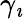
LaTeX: \gamma_{\imath}